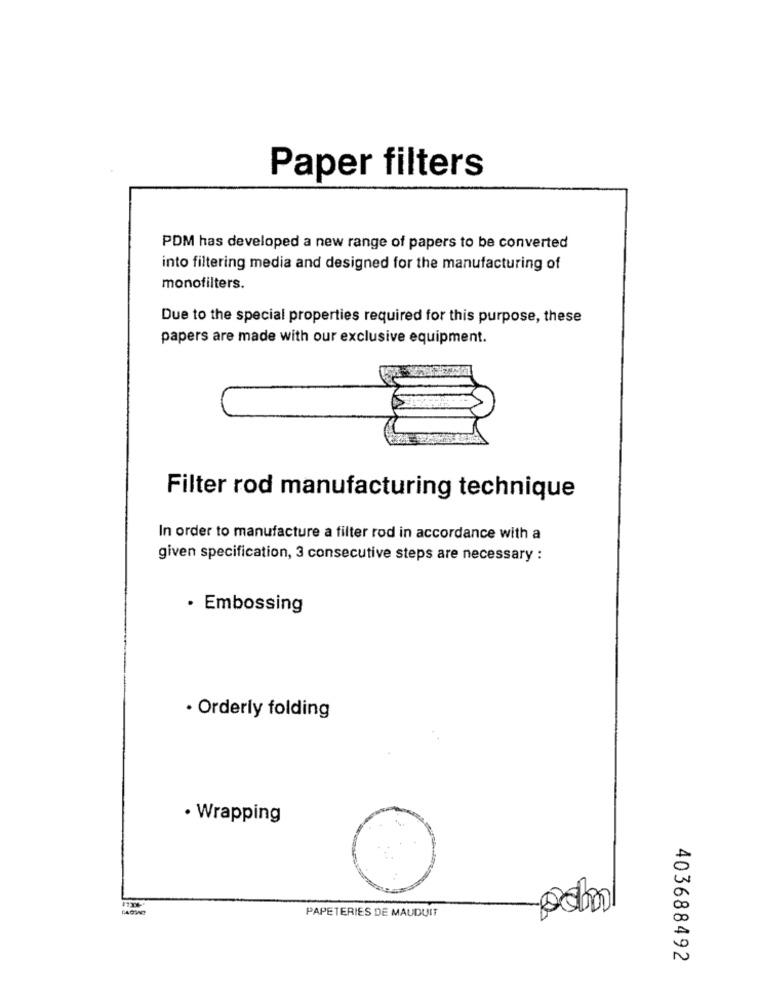
Paper filters
PDM has developed a new range of papers to be converted
into filtering media and designed for the manufacturing of
monofilters.
Due to the special properties required for this purpose, these
papers are made with our exclusive equipment.
Filter rod manufacturing technique
In order to manufacture a filter rod in accordance with a
given specification, 3 consecutive steps are necessary :
· Embossing
· Orderly folding
· Wrapping
PAPETERIES DE MAUDUIT
403688492